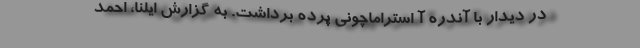
در دیدار با آندره آ استراماچونی پرده برداشت. به گزارش ایلنا، احمد